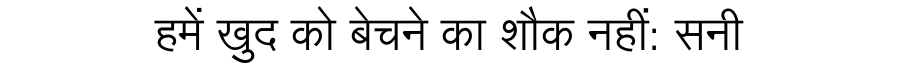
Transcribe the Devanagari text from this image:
हमें खुद को बेचने का शौक नहीं: सनी